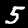
Digit: 5